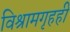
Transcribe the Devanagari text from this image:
विश्रामगृहही